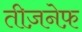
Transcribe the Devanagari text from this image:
तीज़नेफ़